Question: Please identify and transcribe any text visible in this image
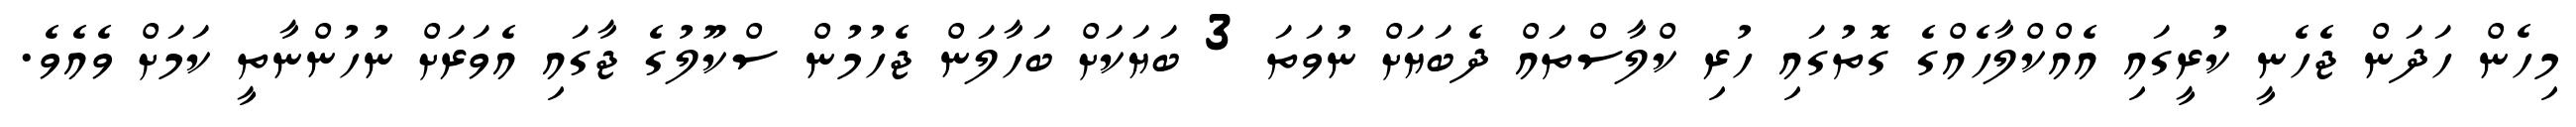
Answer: މިހެން ހަދަން ޖެހެނީ ކުރީގައި އެއްކްލާހެއްގެ ގޮތުގައި ހުރި ކްލާސްތައް ދެބަޔަށް ނުވަތަ 3 ބަޔަކަށް ބަހާލަން ޖެހުމުން ސްކޫލުގެ ޖާގައި އެވަރަށް ނުހުންނާތީ ކަމަށް ވެއެވެ.